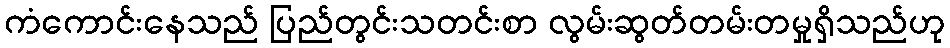
ကံကောင်းနေသည် ပြည်တွင်းသတင်းစာ လွမ်းဆွတ်တမ်းတမှုရှိသည်ဟု